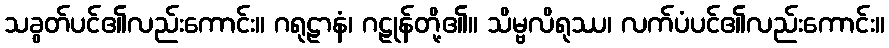
သခွတ်ပင်၏လည်းကောင်း။ ဂရုဠာနံ၊ ဂဠုန်တို့၏။ သိမ္ဗလိရုဿ၊ လက်ပံပင်၏လည်းကောင်း။